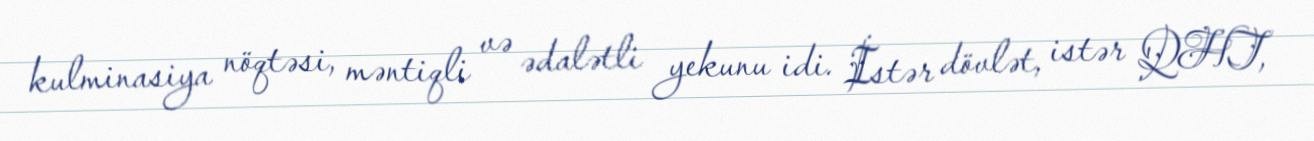
kulminasiya nöqtəsi, məntiqli və ədalətli yekunu idi. İstər dövlət, istər QHT,